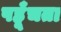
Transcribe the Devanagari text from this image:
पहूँचता